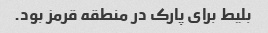
بلیط برای پارک در منطقه قرمز بود.